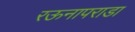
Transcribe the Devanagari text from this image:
रऊनापराडा